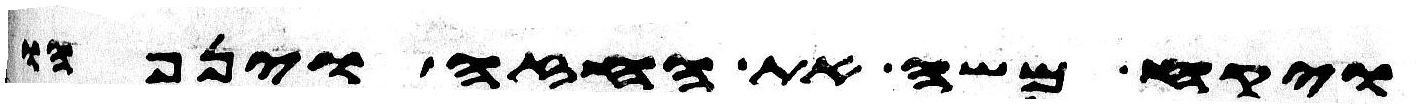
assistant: ויקח משה את החזה וינפהו